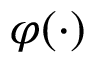
\varphi ( \cdot )